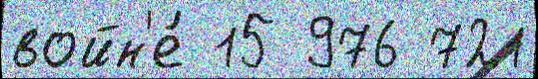
войн'е́ 15 976 721